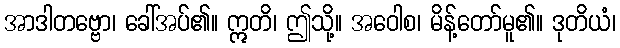
အာဒါတဗ္ဗော၊ ခေါ်အပ်၏။ ဣတိ၊ ဤသို့။ အဝေါစ၊ မိန့်တော်မူ၏။ ဒုတိယံ၊